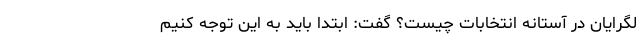
لگرایان در آستانه انتخابات چیست؟ گفت: ابتدا باید به این توجه کنیم